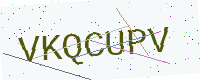
Text: VKQCUPV